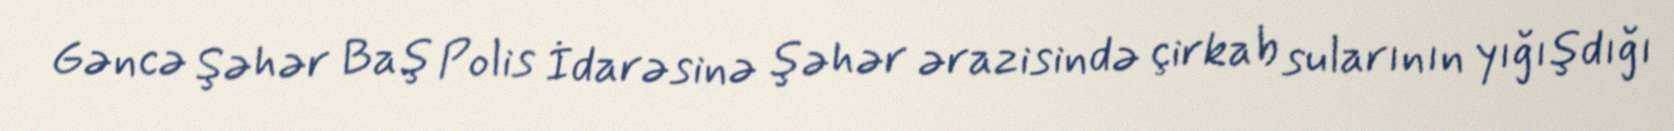
Gəncə Şəhər Baş Polis İdarəsinə şəhər ərazisində çirkab sularının yığışdığı